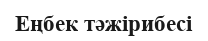
Еңбек тәжірибесі